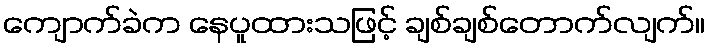
ကျောက်ခဲက နေပူထားသဖြင့် ချစ်ချစ်တောက်လျက်။